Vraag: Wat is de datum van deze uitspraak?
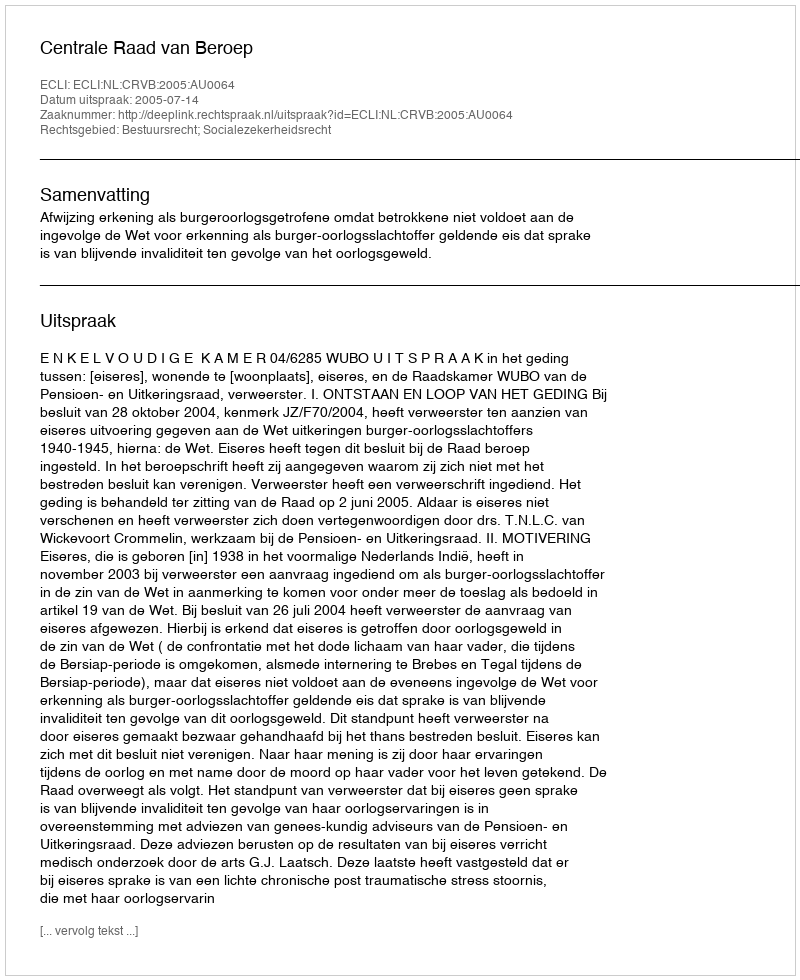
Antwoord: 2005-07-14